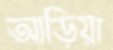
আড়িয়া